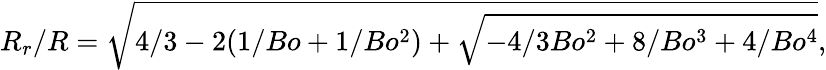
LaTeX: R_{r}/R=\sqrt{4/3-2(1/Bo+1/Bo^{2})+\sqrt{-4/3Bo^{2}+8/Bo^{3}+4/Bo^{4}}},